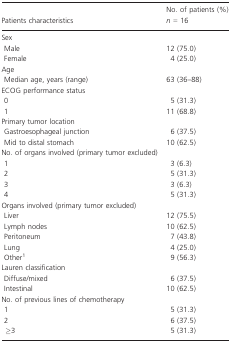
| Patients characteristics | No. of patients (%)n = 16 |
 | --- | --- |
 | <COLSPAN=2> Sex |
 | Male | 12 (75.0) |
 | Female | 4 (25.0) |
 | <COLSPAN=2> Age |
 | Median age, years (range) | 63 (36–88) |
 | <COLSPAN=2> ECOG performance status |
 | 0 | 5 (31.3) |
 | 1 | 11 (68.8) |
 | <COLSPAN=2> Primary tumor location |
 | Gastroesophageal junction | 6 (37.5) |
 | Mid to distal stomach | 10 (62.5) |
 | <COLSPAN=2> No. of organs involved (primary tumor excluded) |
 | 1 | 3 (6.3) |
 | 2 | 5 (31.3) |
 | 3 | 3 (6.3) |
 | 4 | 5 (31.3) |
 | <COLSPAN=2> Organs involved (primary tumor excluded) |
 | Liver | 12 (75.5) |
 | Lymph nodes | 10 (62.5) |
 | Peritoneum | 7 (43.8) |
 | Lung | 4 (25.0) |
 | Other1 | 9 (56.3) |
 | <COLSPAN=2> Lauren classification |
 | Diffuse/mixed | 6 (37.5) |
 | Intestinal | 10 (62.5) |
 | <COLSPAN=2> No. of previous lines of chemotherapy |
 | 1 | 5 (31.3) |
 | 2 | 6 (37.5) |
 | ≥3 | 5 (31.3) |